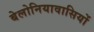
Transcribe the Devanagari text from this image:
बेलोनियावासियों